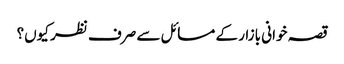
قصہ خوانی بازار کے مسائل سے صرف نظر کیوں؟